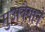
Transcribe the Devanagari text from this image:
मुअवैयाने